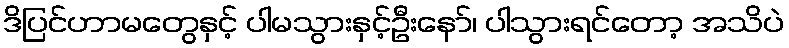
ဒိပြင်ဟာမတွေနှင့် ပါမသွားနှင့်ဦးနော်၊ ပါသွားရင်တော့ အသိပဲ